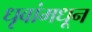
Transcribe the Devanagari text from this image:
धृवांमधून